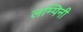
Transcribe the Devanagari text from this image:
लम्पिनी